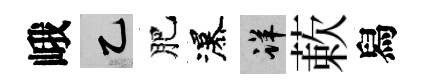
峨乙肥瀑详蔌舄